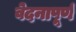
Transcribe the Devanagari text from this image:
वेदनापूर्ण